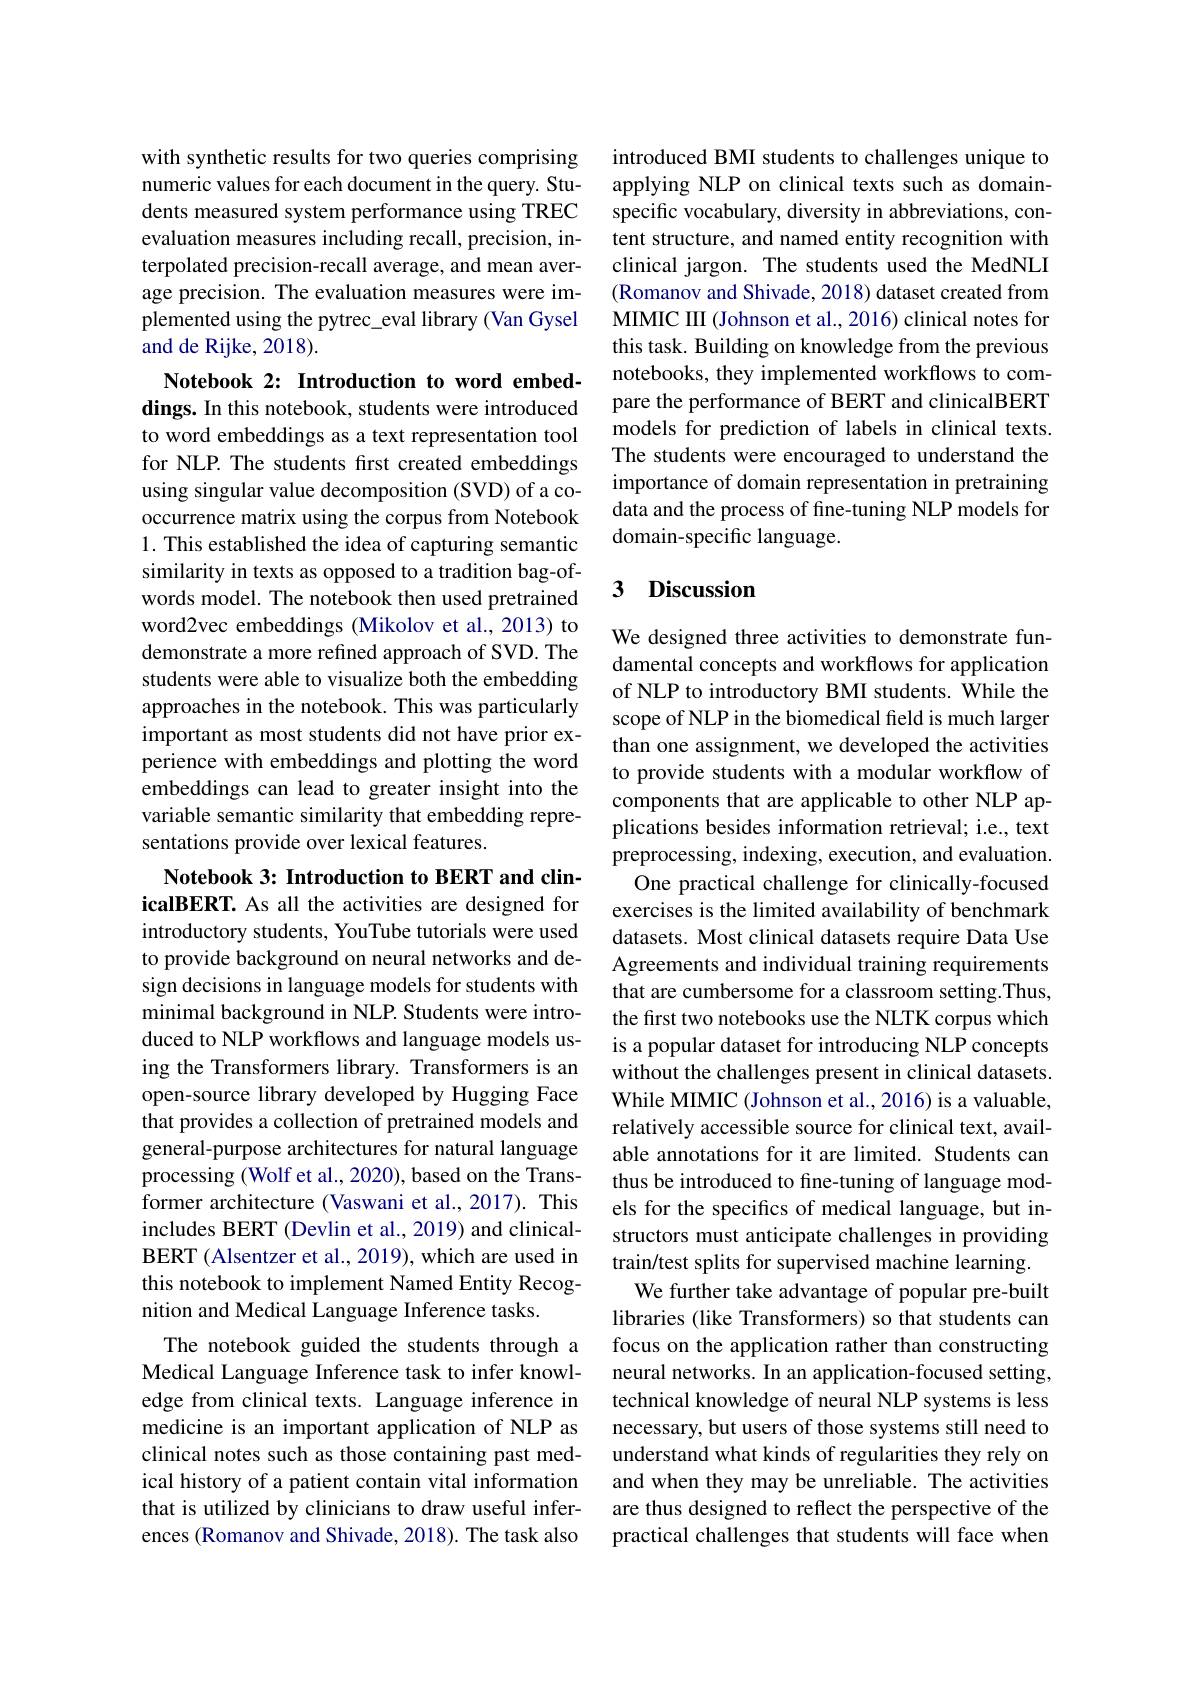
with synthetic results for two queries comprising numeric values for each document in the query. Students measured system performance using TREC evaluation measures including recall, precision, interpolated precision-recall average, and mean average precision. The evaluation measures were implemented using the pytrec\_eval library (Van Gysel and de Rijke, 2018).

Notebook 2: Introduction to word embeddings. In this notebook, students were introduced to word embeddings as a text representation tool for NLP. The students first created embeddings using singular value decomposition (SVD) of a cooccurrence matrix using the corpus from Notebook 1. This established the idea of capturing semantic similarity in texts as opposed to a tradition bag-ofwords model. The notebook then used pretrained word2vec embeddings (Mikolov et al., 2013) to demonstrate a more refined approach of SVD. The students were able to visualize both the embedding approaches in the notebook. This was particularly important as most students did not have prior experience with embeddings and plotting the word embeddings can lead to greater insight into the variable semantic similarity that embedding representations provide over lexical features.

Notebook 3: Introduction to BERT and clinicalBERT. As all the activities are designed for introductory students, YouTube tutorials were used to provide background on neural networks and design decisions in language models for students with minimal background in NLP. Students were introduced to NLP workflows and language models using the Transformers library. Transformers is an open-source library developed by Hugging Face that provides a collection of pretrained models and general-purpose architectures for natural language processing (Wolf et al., 2020), based on the Transformer architecture (Vaswani et al., 2017). This includes BERT (Devlin et al., 2019) and clinicalBERT (Alsentzer et al., 2019), which are used in this notebook to implement Named Entity Recognition and Medical Language Inference tasks.
The notebook guided the students through a Medical Language Inference task to infer knowledge from clinical texts. Language inference in medicine is an important application of NLP as clinical notes such as those containing past medical history of a patient contain vital information that is utilized by clinicians to draw useful inferences (Romanov and Shivade, 2018). The task also

introduced BMI students to challenges unique to applying NLP on clinical texts such as domainspecific vocabulary, diversity in abbreviations, content structure, and named entity recognition with clinical jargon. The students used the MedNLI (Romanov and Shivade, 2018) dataset created from MIMIC III (Johnson et al., 2016) clinical notes for this task. Building on knowledge from the previous notebooks, they implemented workflows to compare the performance of BERT and clinicalBERT models for prediction of labels in clinical texts. The students were encouraged to understand the importance of domain representation in pretraining data and the process of fine-tuning NLP models for domain-specific language.

### 3 Discussion

We designed three activities to demonstrate fundamental concepts and workflows for application of NLP to introductory BMI students. While the scope of NLP in the biomedical field is much larger than one assignment, we developed the activities to provide students with a modular workflow of components that are applicable to other NLP applications besides information retrieval; i.e., text preprocessing, indexing, execution, and evaluation.
One practical challenge for clinically-focused exercises is the limited availability of benchmark datasets. Most clinical datasets require Data Use Agreements and individual training requirements that are cumbersome for a classroom setting.Thus, the first two notebooks use the NLTK corpus which is a popular dataset for introducing NLP concepts without the challenges present in clinical datasets. While MIMIC (Johnson et al., 2016) is a valuable, relatively accessible source for clinical text, available annotations for it are limited. Students can thus be introduced to fine-tuning of language models for the specifics of medical language, but instructors must anticipate challenges in providing train/test splits for supervised machine learning.
We further take advantage of popular pre-built libraries (like Transformers) so that students can focus on the application rather than constructing neural networks. In an application-focused setting, technical knowledge of neural NLP systems is less necessary, but users of those systems still need to understand what kinds of regularities they rely on and when they may be unreliable. The activities are thus designed to reflect the perspective of the practical challenges that students will face when